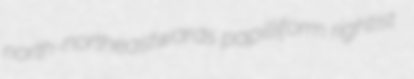
north-northeastwards papilliform rightist